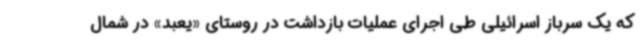
که یک سرباز اسرائیلی طی اجرای عملیات بازداشت در روستای «یعبد» در شمال